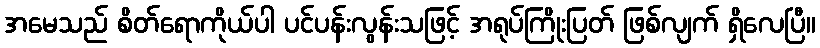
အမေသည် စိတ်ရောကိုယ်ပါ ပင်ပန်းလွန်းသဖြင့် အရုပ်ကြိုးပြတ် ဖြစ်လျက် ရှိလေပြီ။